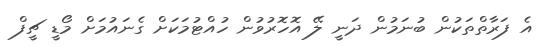
އެ ފަރާތްތަކުން ބުނަމުން ދަނީ ލޭ އޮހޮރުވުން ހުއްޓުމަކަށް ގެނައުމަށް މޯޑީ ޗީފް